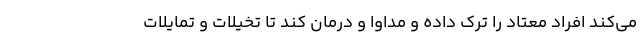
می‌کند افراد معتاد را ترک داده و مداوا و درمان کند تا تخیلات و تمایلات